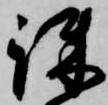
疎